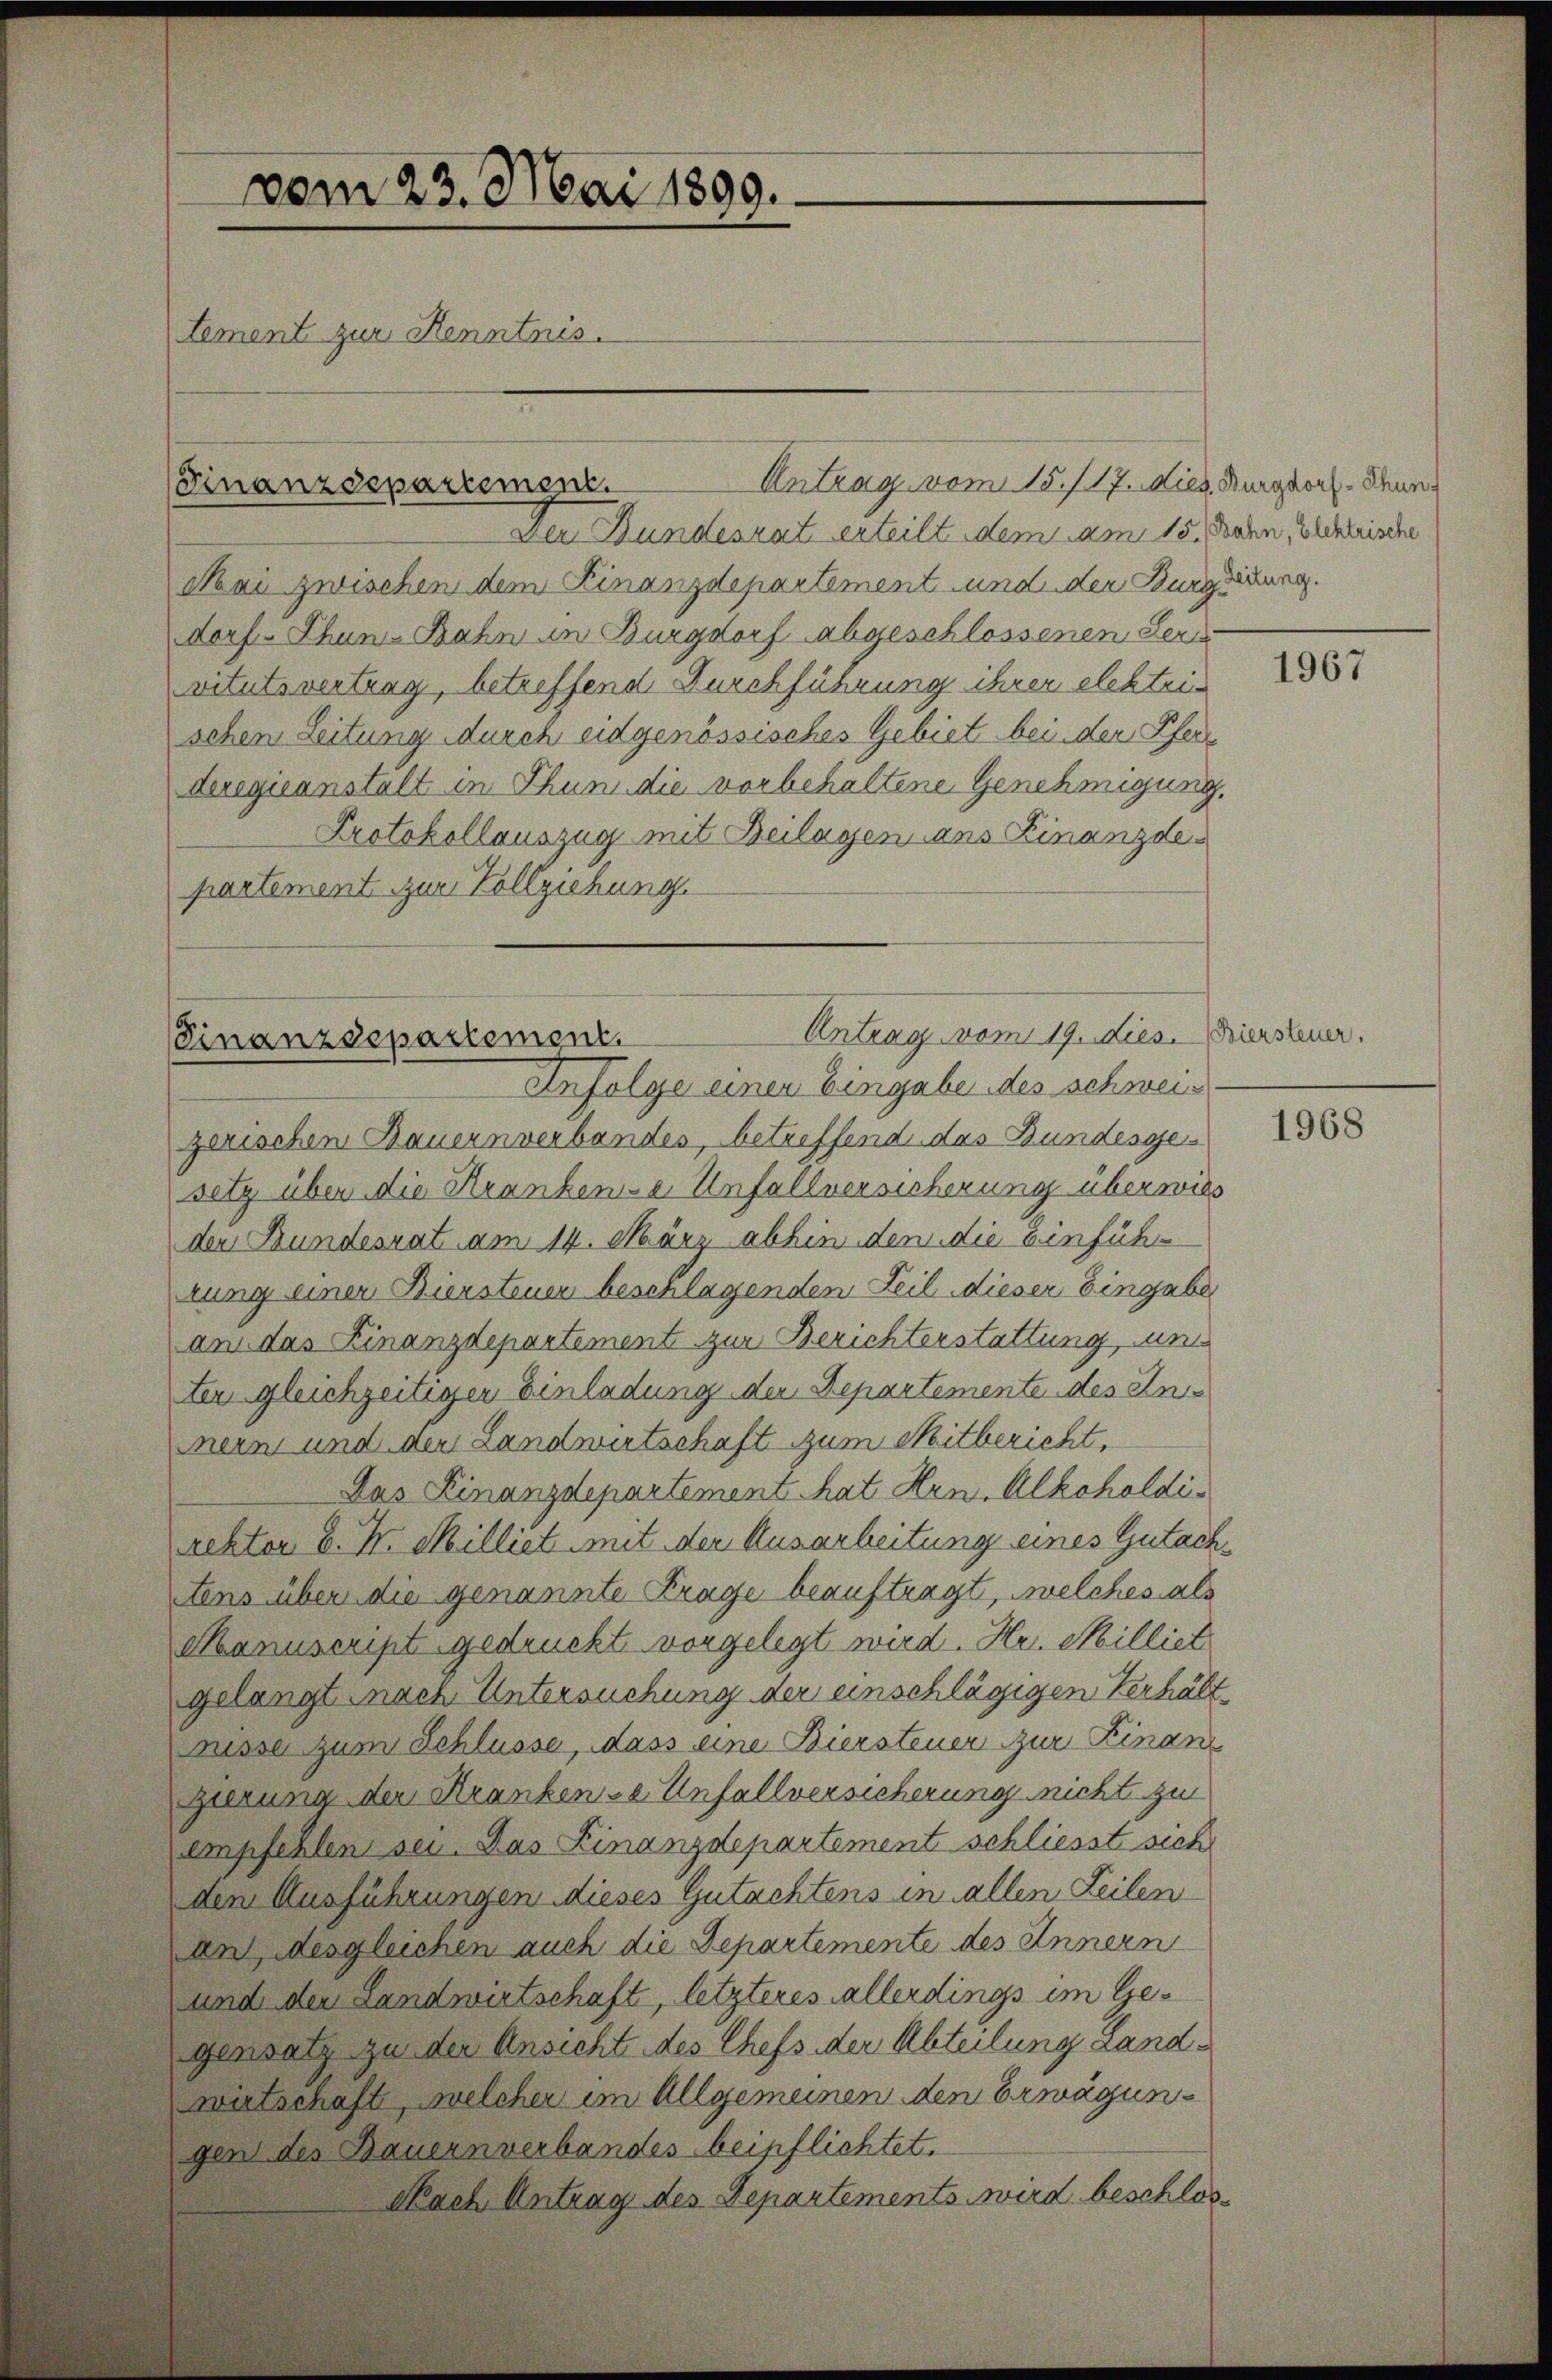
vom 23. Mai 1890.
tement zur Kenntnis.

Der Bundesrat erteilt dem am 15. Jahn, Elektrische
Mai zwischen dem Finanzdepartement und der Burgerung.
dorf. Thun-Bahn in Burgdorf abgeschlossenen Pers
vitutsvertrag, betreffend Durchführung ihrer elektrischen Leitung durch eidgenössisches Gebiet bei der Pfer
Luegicanstalt in Thun die vorbehaltene Genehmigung.
Protokollauszug mit Beilagen dans Finanzdepartement zur Vollziehung.

(Finanzdepartement.

Antrag vom 15./17. dies Burgdorf. Denn

zerischen Bauernverbandes, betreffend das Bundesge
setz über die Krankene Unfallversicherung überwies
den Bundesrat am 14. März abhin den die Einführung einer Biersteuer beschlagenden Teil dieser Eingabe
am das Finanzdepartement zur Berichterstattung, un
ter gleichzeitiger Einladung der Departemente des Annern und der Landwirtschaft zum Mitbericht,
Das Finanzdepartement hat Hrn. Alkoholdirektor b. N. Milliet mit der Ausarbeitung eines Gutachtens über die genannte Frage beauftragt, welches als
eanuscript gedruckt vorgelegt wird. Hr. Milliet
gelangt nach Untersuchung der einschlägigen Verhält¬
Füsse zum Schlusse, dass eine Biersteuer zur Finan
gierung der Krankene Unfallversicherung nicht zu
empfehlen sei. Das Finanzdepartement schliesst sich
den Ausführungen dieses Gutachtens in allen Zeilen
an Desgleichen auch die Departemente des Innern
und den Landwirtschaft, letzteres allerdings im Gegensatz zu der Ansicht des Chefs der Abteilung Landwirtschaft, welcher im Allgemeinen den Erwägungen des Bauernverbandes beipflichtet.
Nach Antrag des Departements wird beschlos¬

Antrag vom 19. dies ersteuer.
Finanzdepartement.
Infolge einer Eingabe des schwei¬

1967

1968